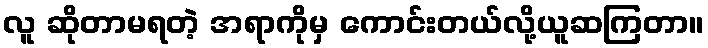
လူ ဆိုတာမရတဲ့ အရာကိုမှ ကောင်းတယ်လို့ယူဆကြတာ။